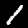
Label: 1